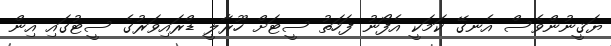
ޔަޤީނުންވެސް އެނގޭ ކަމަކީ އެފޯނު ފަހަތު ސީޓަށް ހޫރާލީ ޑްރައިވަރުގެ ސީޓުގައި އިން